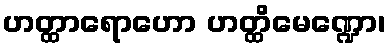
ဟတ္ထာရောဟော ဟတ္ထိမေဏ္ဍော၊